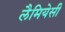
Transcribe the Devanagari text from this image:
लैमियेसी